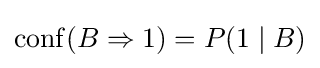
\operatorname {conf} (B\Rightarrow 1)=P(1\mid B)